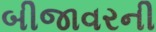
બીજાવરની